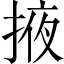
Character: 掖